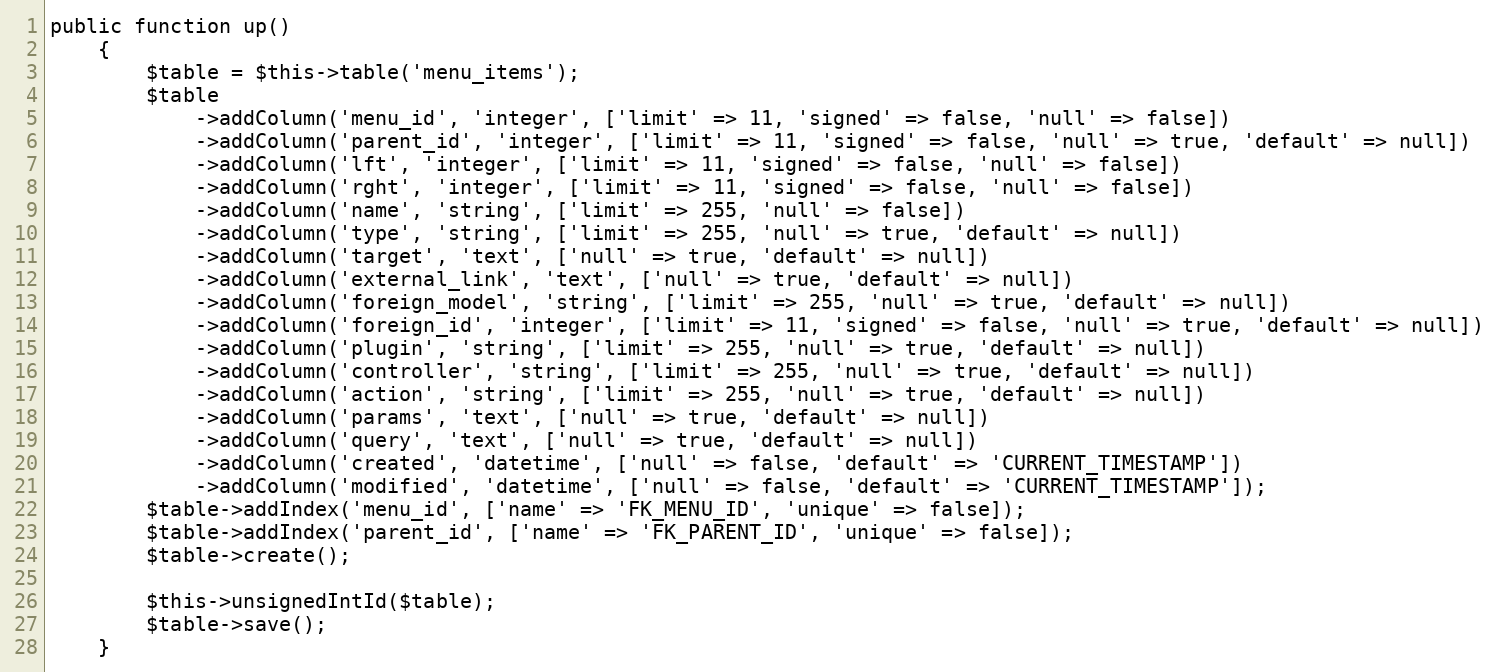
Language: PHP
public function up()
    {
        $table = $this->table('menu_items');
        $table
            ->addColumn('menu_id', 'integer', ['limit' => 11, 'signed' => false, 'null' => false])
            ->addColumn('parent_id', 'integer', ['limit' => 11, 'signed' => false, 'null' => true, 'default' => null])
            ->addColumn('lft', 'integer', ['limit' => 11, 'signed' => false, 'null' => false])
            ->addColumn('rght', 'integer', ['limit' => 11, 'signed' => false, 'null' => false])
            ->addColumn('name', 'string', ['limit' => 255, 'null' => false])
            ->addColumn('type', 'string', ['limit' => 255, 'null' => true, 'default' => null])
            ->addColumn('target', 'text', ['null' => true, 'default' => null])
            ->addColumn('external_link', 'text', ['null' => true, 'default' => null])
            ->addColumn('foreign_model', 'string', ['limit' => 255, 'null' => true, 'default' => null])
            ->addColumn('foreign_id', 'integer', ['limit' => 11, 'signed' => false, 'null' => true, 'default' => null])
            ->addColumn('plugin', 'string', ['limit' => 255, 'null' => true, 'default' => null])
            ->addColumn('controller', 'string', ['limit' => 255, 'null' => true, 'default' => null])
            ->addColumn('action', 'string', ['limit' => 255, 'null' => true, 'default' => null])
            ->addColumn('params', 'text', ['null' => true, 'default' => null])
            ->addColumn('query', 'text', ['null' => true, 'default' => null])
            ->addColumn('created', 'datetime', ['null' => false, 'default' => 'CURRENT_TIMESTAMP'])
            ->addColumn('modified', 'datetime', ['null' => false, 'default' => 'CURRENT_TIMESTAMP']);
        $table->addIndex('menu_id', ['name' => 'FK_MENU_ID', 'unique' => false]);
        $table->addIndex('parent_id', ['name' => 'FK_PARENT_ID', 'unique' => false]);
        $table->create();

        $this->unsignedIntId($table);
        $table->save();
    }